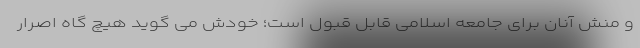
و منش آنان برای جامعه اسلامی قابل قبول است؛ خودش می گوید هیچ گاه اصرار